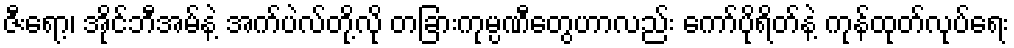
ဇီးရော့၊ အိုင်ဘီအမ်နဲ့ အက်ပဲလ်တို့လို တခြားကုမ္ပဏီတွေဟာလည်း ကော်ပိုရိတ်နဲ့ ကုန်ထုတ်လုပ်ရေး